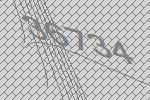
36734